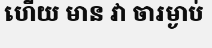
ហើយ មាន វា ចារម្ងាប់